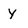
Character: Y